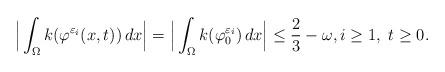
LaTeX: \begin{align*}\Big|\int _\Omega k(\varphi ^{\varepsilon_i} (x,t) )\, dx\Big|=\Big|\int _\Omega k(\varphi ^{\varepsilon_i} _0)\, dx\Big|\leq \frac{2}{3} -\omega, i\geq 1 , \ t\geq 0. \end{align*}